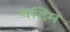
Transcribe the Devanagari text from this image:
वदिम